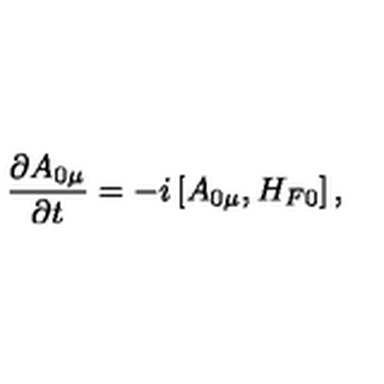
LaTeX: \frac { \partial A _ { 0 \mu } } { \partial t } = - i \left[ A _ { 0 \mu } , H _ { F 0 } \right] ,